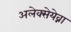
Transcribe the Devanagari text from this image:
अलेक्सेयेव्ना